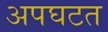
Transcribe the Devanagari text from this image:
अपघटत